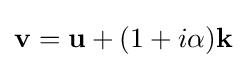
\mathbf {v} =\mathbf {u} +(1+i\alpha )\mathbf {k}